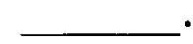
___ .